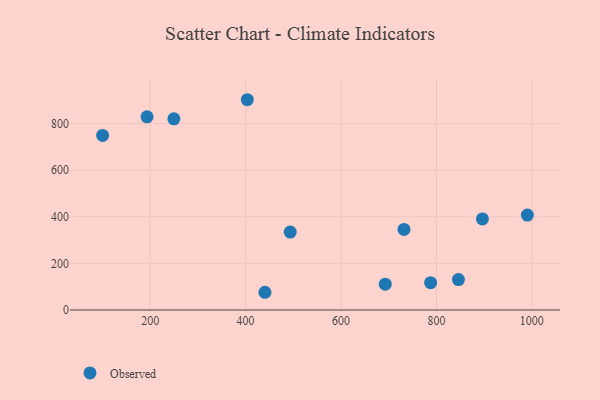
{"axis": {"x": "Study Hours", "y": "Sales"}, "legend": ["Observed"], "data": [{"x": "896.4", "y": 391.1, "type": "Observed"}, {"x": "990.6", "y": 407.7, "type": "Observed"}, {"x": "193.5", "y": 829.3, "type": "Observed"}, {"x": "403.6", "y": 902.9, "type": "Observed"}, {"x": "787.8", "y": 117.4, "type": "Observed"}, {"x": "692.7", "y": 110.8, "type": "Observed"}, {"x": "493.6", "y": 334.7, "type": "Observed"}, {"x": "249.7", "y": 820.7, "type": "Observed"}, {"x": "440.6", "y": 76.0, "type": "Observed"}, {"x": "732.0", "y": 345.7, "type": "Observed"}, {"x": "100.4", "y": 749.6, "type": "Observed"}, {"x": "846.1", "y": 130.7, "type": "Observed"}]}